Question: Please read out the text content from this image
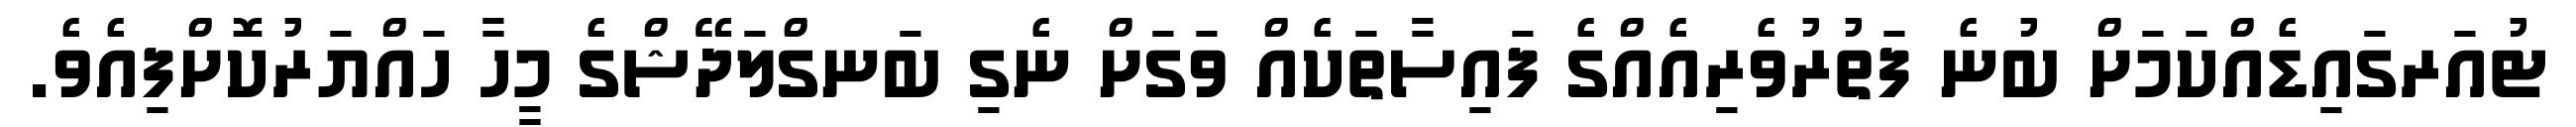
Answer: ޓުއަރގައިޑެއްކަމަށް ބުނެ ފަތުރުވެރިއެއްގެ ފައިސާތަކެއް ވަގަށް ނެގި ބަނގްލަދޭޝްގެ މީހާ ހައްޔަރުކޮށްފިއެވެ.